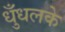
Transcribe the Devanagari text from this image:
धुँधलके